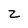
Character: 2